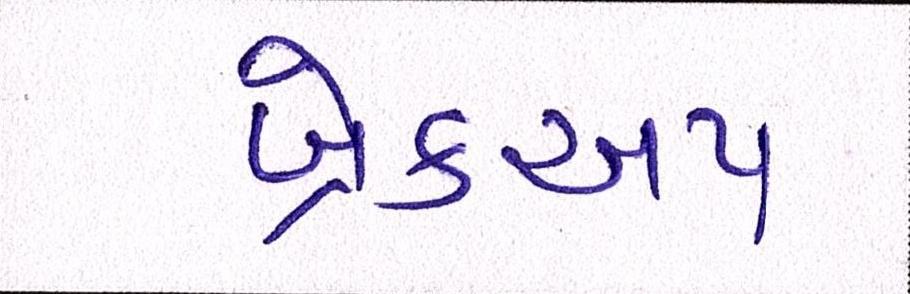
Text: બ્રેકઅપ